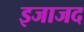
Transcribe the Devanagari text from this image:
इजाजद